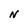
Character: N